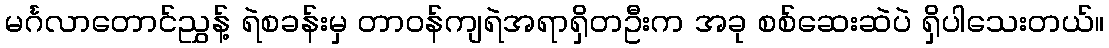
မင်္ဂလာတောင်ညွှန့် ရဲစခန်းမှ တာဝန်ကျရဲအရာရှိတဦးက အခု စစ်ဆေးဆဲပဲ ရှိပါသေးတယ်။